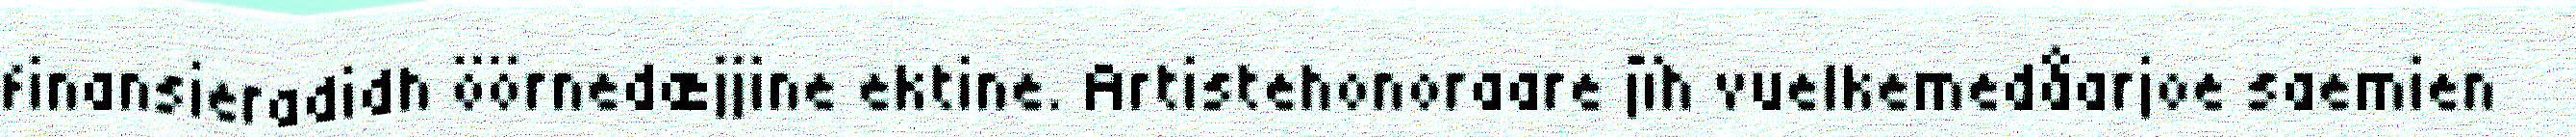
finansieradidh öörnedæjjine ektine. Artistehonoraare jïh vuelkemedåarjoe saemien